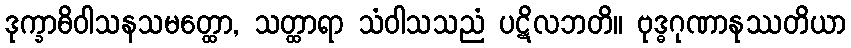
ဒုက္ခာဓိဝါသနသမတ္ထော, သတ္ထာရာ သံဝါသသညံ ပဋိလဘတိ။ ဗုဒ္ဓဂုဏာနုဿတိယာ